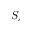
S _ { c }